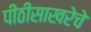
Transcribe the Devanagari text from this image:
पीठीसाखरेचे